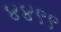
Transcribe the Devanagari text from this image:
४४९९